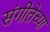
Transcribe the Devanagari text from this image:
संगीतेच्या